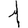
Digit: 1